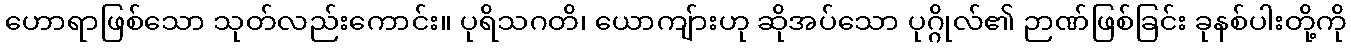
ဟောရာဖြစ်သော သုတ်လည်းကောင်း။ ပုရိသဂတိ၊ ယောကျ်ားဟု ဆိုအပ်သော ပုဂ္ဂိုလ်၏ ဉာဏ်ဖြစ်ခြင်း ခုနစ်ပါးတို့ကို